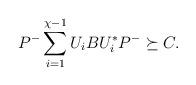
LaTeX: \begin{align*}P^-\sum_{i=1}^{\chi-1} U_iBU_i^* P^- \succeq C.\end{align*}